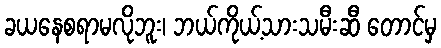
ခယနေစရာမလိုဘူး၊ ဘယ်ကိုယ့်သားသမီးဆီ တောင်မှ